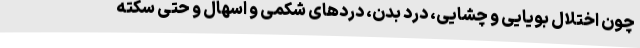
چون اختلال بویایی و چشایی، درد بدن، دردهای شکمی و اسهال و حتی سکته